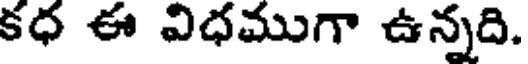
కధ ఈ విధముగా ఉన్నది.